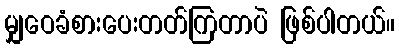
မျှဝေခံစားပေးတတ်ကြတာပဲ ဖြစ်ပါတယ်။